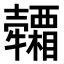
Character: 𤜕